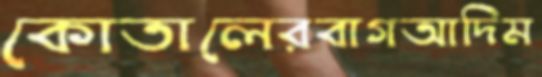
কোতালেরবাগআদিম